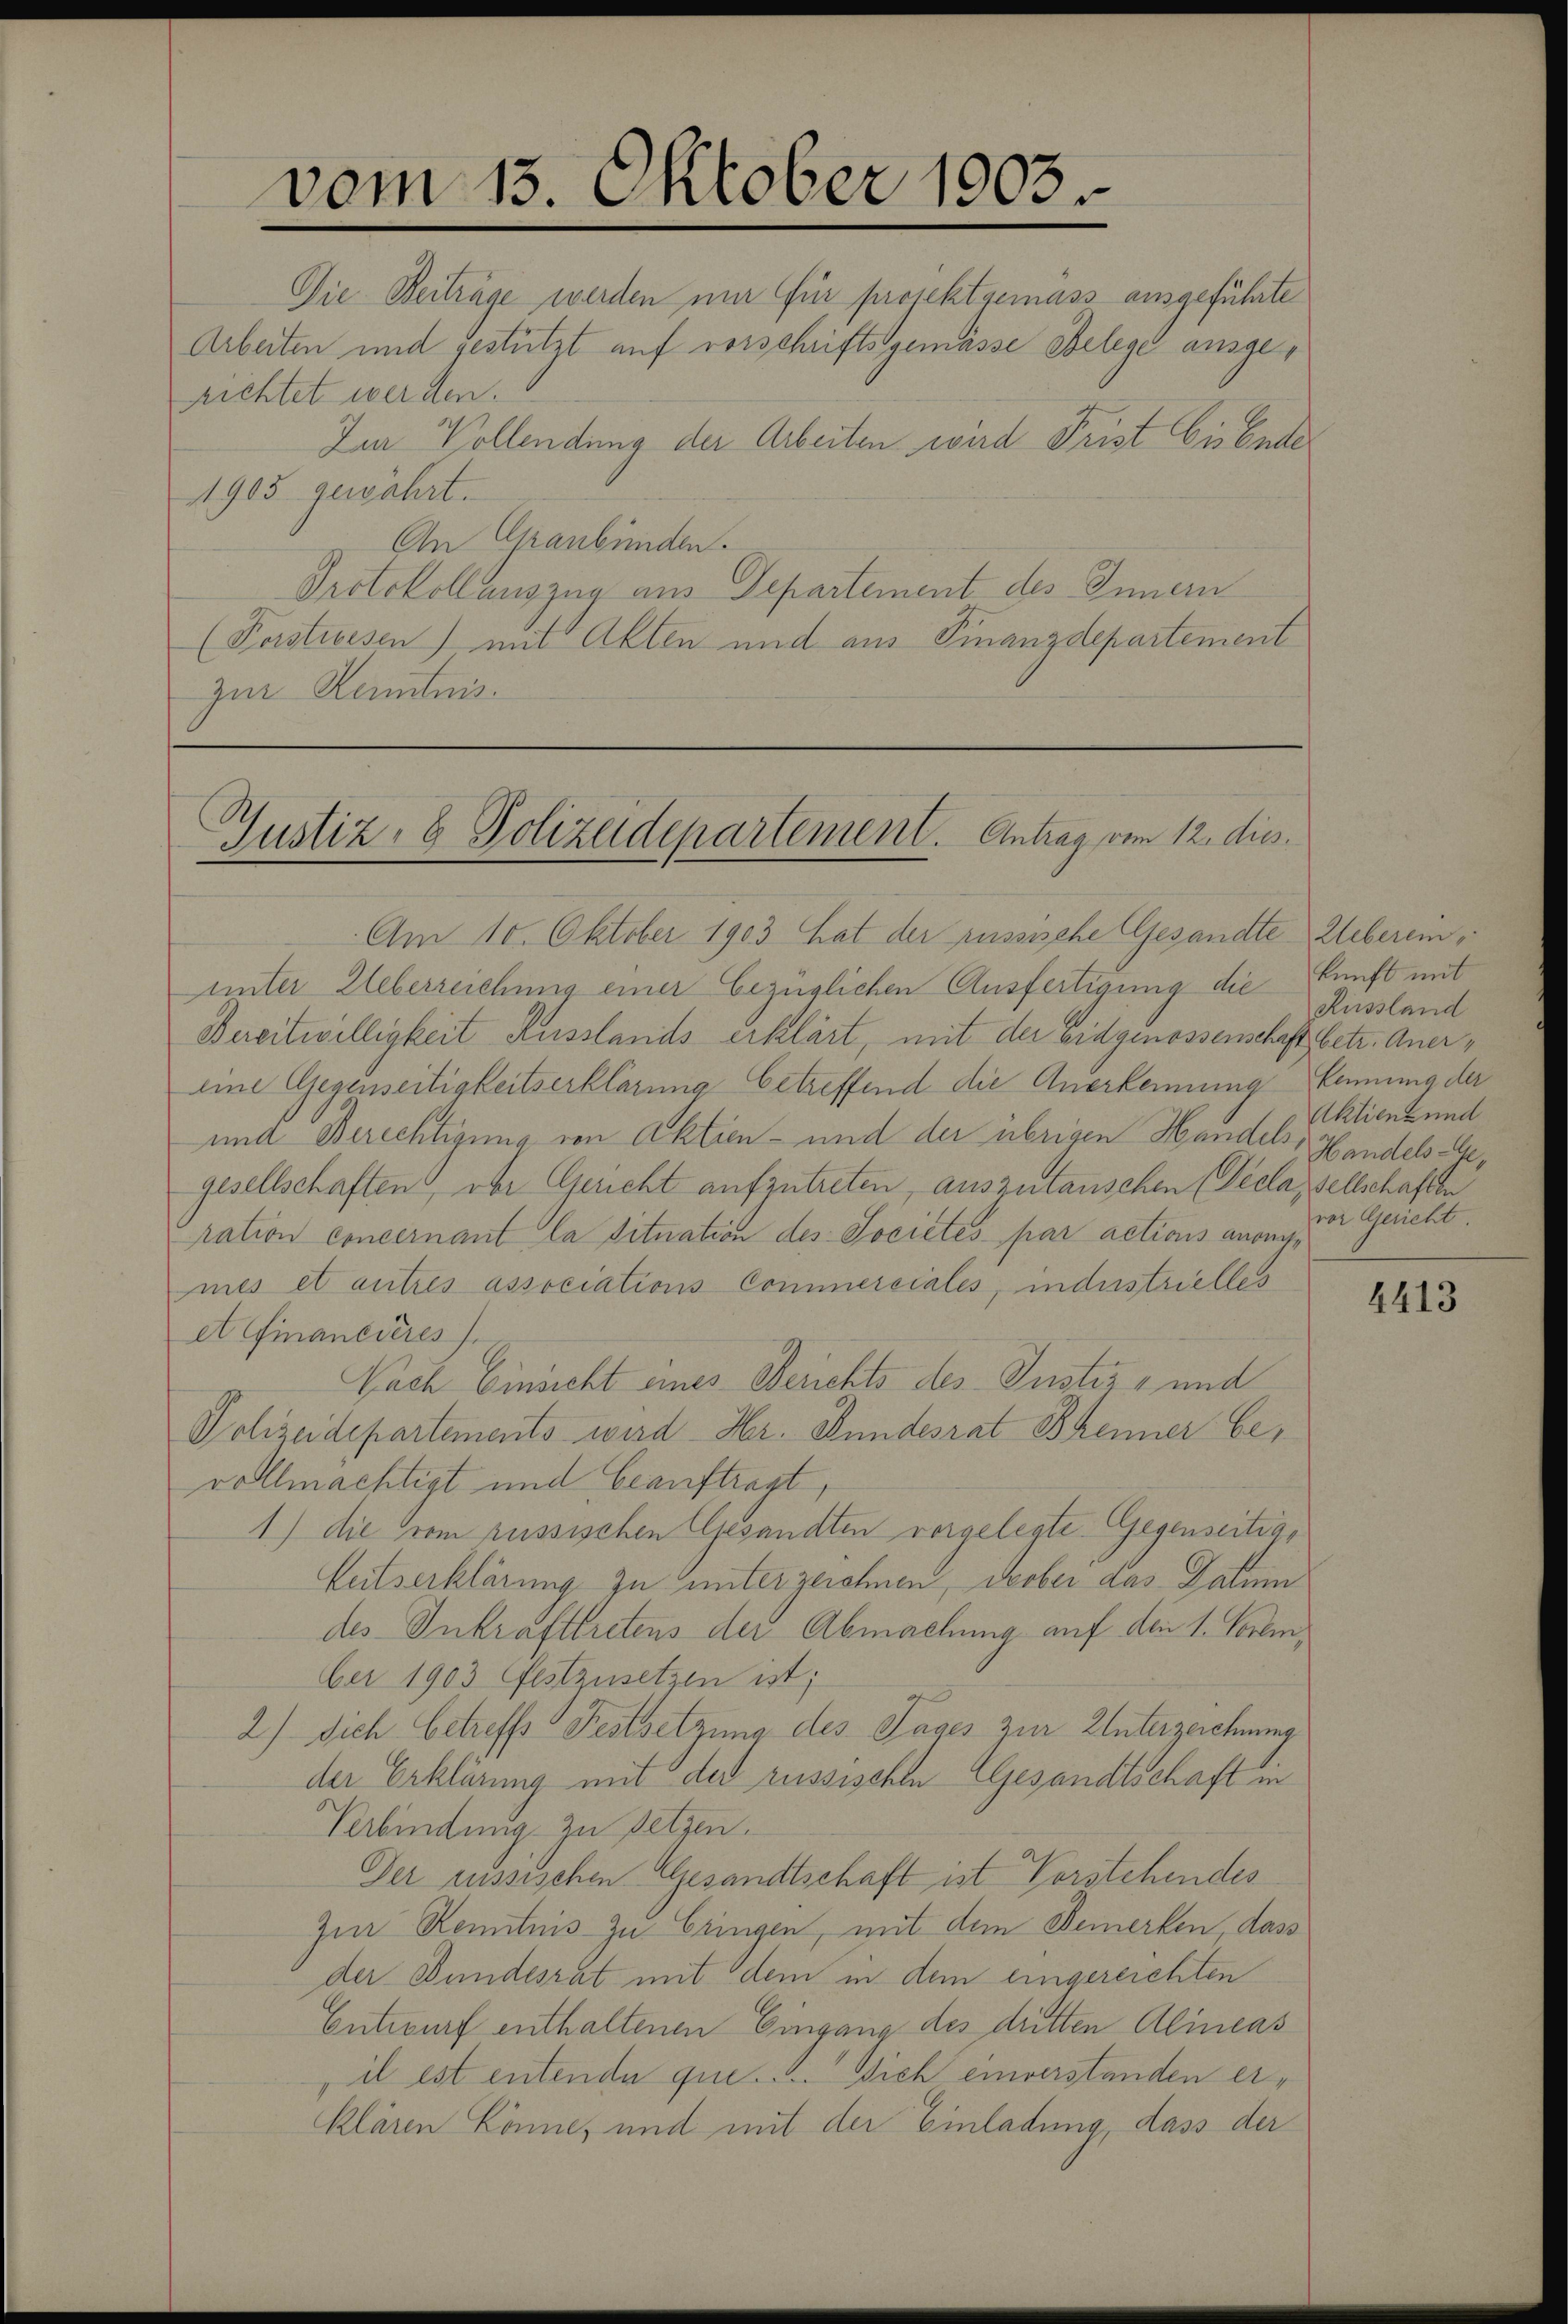
vom 13. Oktober 1903

Die Beiträge werden nur für projektsemass ausgeführte
Arbeiten und gestützt auf vorschriftsgemässe Belege ausgerichtet werden.
1905 gewährt.
An Graubünden.
Protokollauszug aus Departement des Innern
(Forstiessen) mit Akten und aus Finanzdepartement
zur Kenntnis.

Am 10. Oktober 1903 hat der Russische Gesandte Ueberein,
unter Ueberreichung einer bezüglichen Ausfertigung die kunft mit
Bereitwilligkeit Ausslands erklärt, mit der Eidgenossenschaft betr. Anereine Gegenseitigkeitserklärung betreffend die Anerkennung kennung der
und Berechtigung von Aktien- und der übrigen Handels, Handels Angesellschaften, ober Gericht aufzutreten, auszutauschen (Viclassellschaften
Nation concernant la Situation des Sociétés par actions auongmes et autres associations Commerciales, inderstrielles
et finanederes
Nach Einsicht eines Berichts des Justiz- und
Polizeidepartements wird Hr. Bundesrat Bhener bevollmächtigt und beauftragt,
1) die vom russischen Gesandten vorgelegte Gegenseitige
Eutserklärung zu unterzeichnen, drober das Datum
des Inkrafttretens der Abmachung auf den 1. Vorben,
ber 1903 Gestzusetzen ist;
2) sich betreffs Festsetzung des Tages zur Unterzeichnung
der Erklärung mit der russischen Gesandtschaft in
Verbindung zu setzen.
Der russischen Gesandtschaft ist Vorstehendes
Zur Kenntnis zu bringen, mit dem Bemerken, dass
der Bundesrat mit dem in dem eingereichten
Entwurf enthaltenen Eingang des dritten Alineas
il est entende que sich einverstanden erklären könne, und mit der Einladung, dass der

Im Vollendung der Arbeiten wird Frist bis Ende

Justiz- & Polizeidepartement. Antrag vom 12. dies

Russland
Aktienz und
vor Gericht.

4413